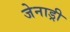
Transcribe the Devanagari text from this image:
जेनाड्री